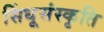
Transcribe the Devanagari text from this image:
सिंधूसंस्कृति